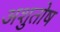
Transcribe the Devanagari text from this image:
अशुतोष